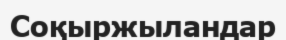
Соқыржыландар